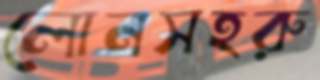
লোনসহরু